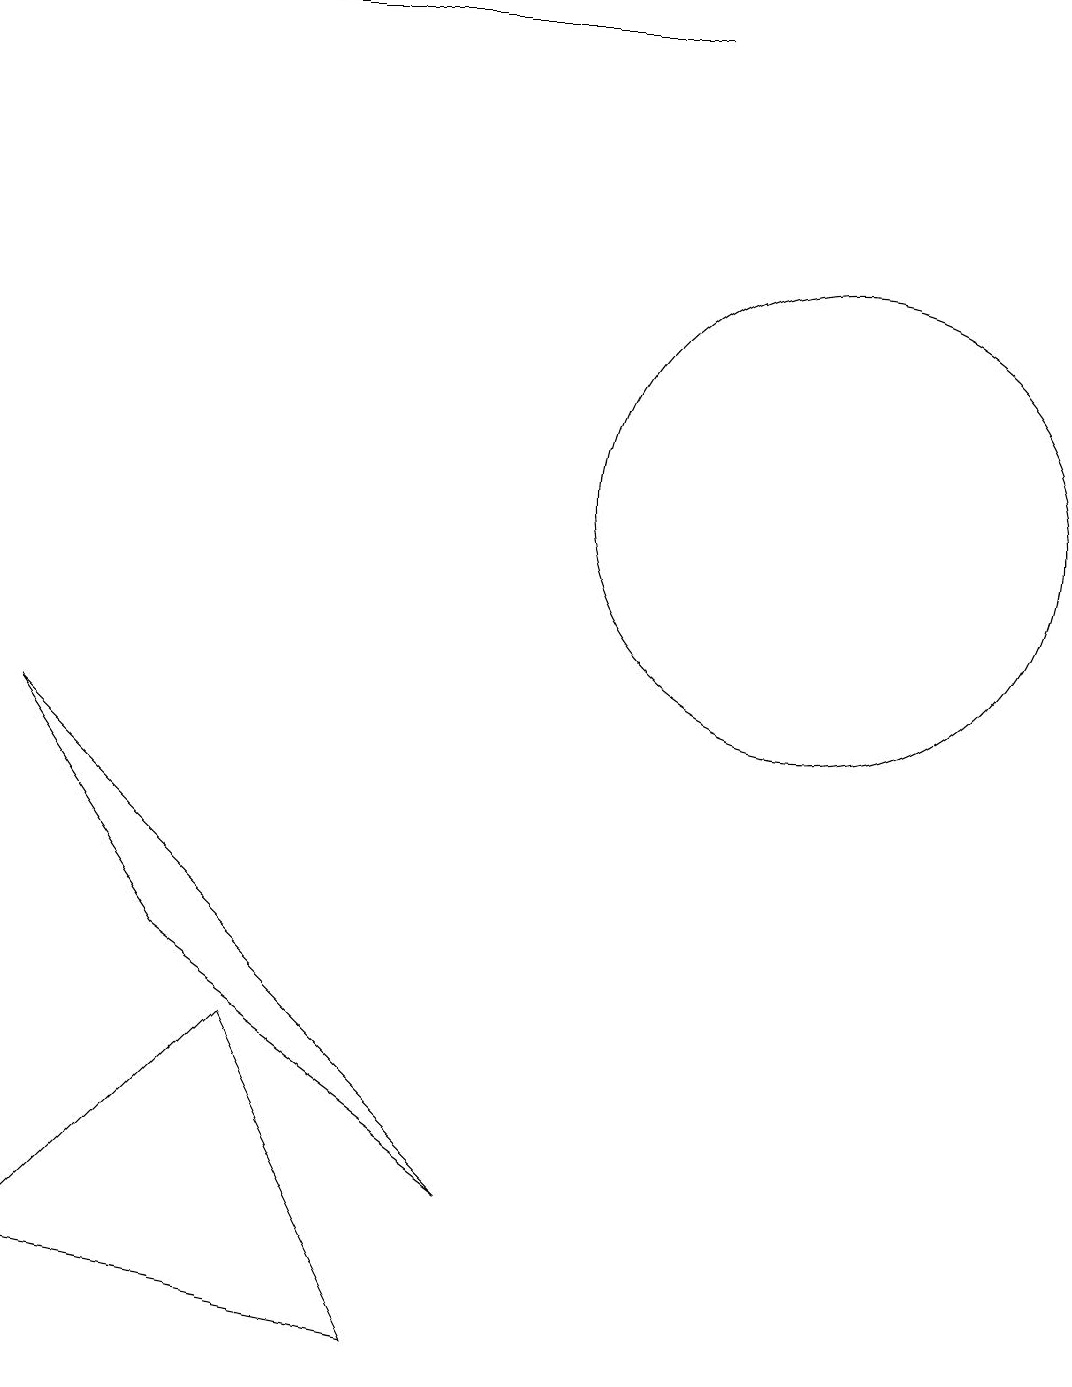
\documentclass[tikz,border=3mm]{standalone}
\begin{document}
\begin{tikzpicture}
\draw[->] (8,17) -- (2,17);
\draw (10,11) circle (3);
\draw (5,0) -- (0,1) -- (3,4) -- cycle;
\draw (2,5) -- (0,8) -- (6,2) -- cycle;
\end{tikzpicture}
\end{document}